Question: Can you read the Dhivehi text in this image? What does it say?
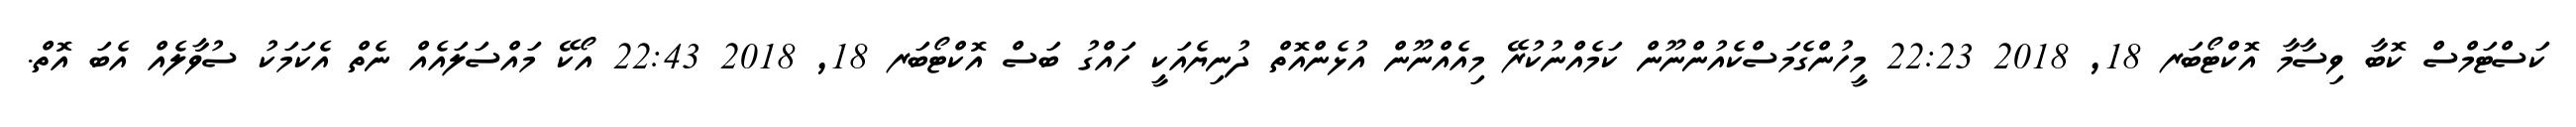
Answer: ކަސްޓަމްސް ކޮބާ ވިސާމާ އޮކްޓޯބަރ 18, 2018 22:23 މީހުންގެމަސްކެއުންނޫން ކަމެއްނުކުރޭ މިއެއްނޫން އުޅެންއޮތް ދުނިޔެއަކީ ހައްގު ބަސް އޮކްޓޯބަރ 18, 2018 22:43 އޯކޭ މައްސަލައެއް ނެތް އެކަމަކު ސުވާލެއް އެބަ އޮތް.